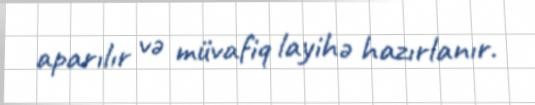
aparılır və müvafiq layihə hazırlanır.